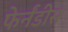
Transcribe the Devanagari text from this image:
फेर्नंडीस